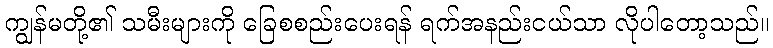
ကျွန်မတို့၏ သမီးများကို ခြေစစည်းပေးရန် ရက်အနည်းငယ်သာ လိုပါတော့သည်။